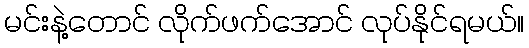
မင်းနဲ့တောင် လိုက်ဖက်အောင် လုပ်နိုင်ရမယ်။